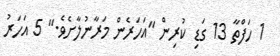
1 ހަފްތާ 13 ގަޑި ކުރިން "އަހަރެން މަރާނުލާށެވެ." 5 އަހަރު